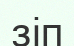
зіп